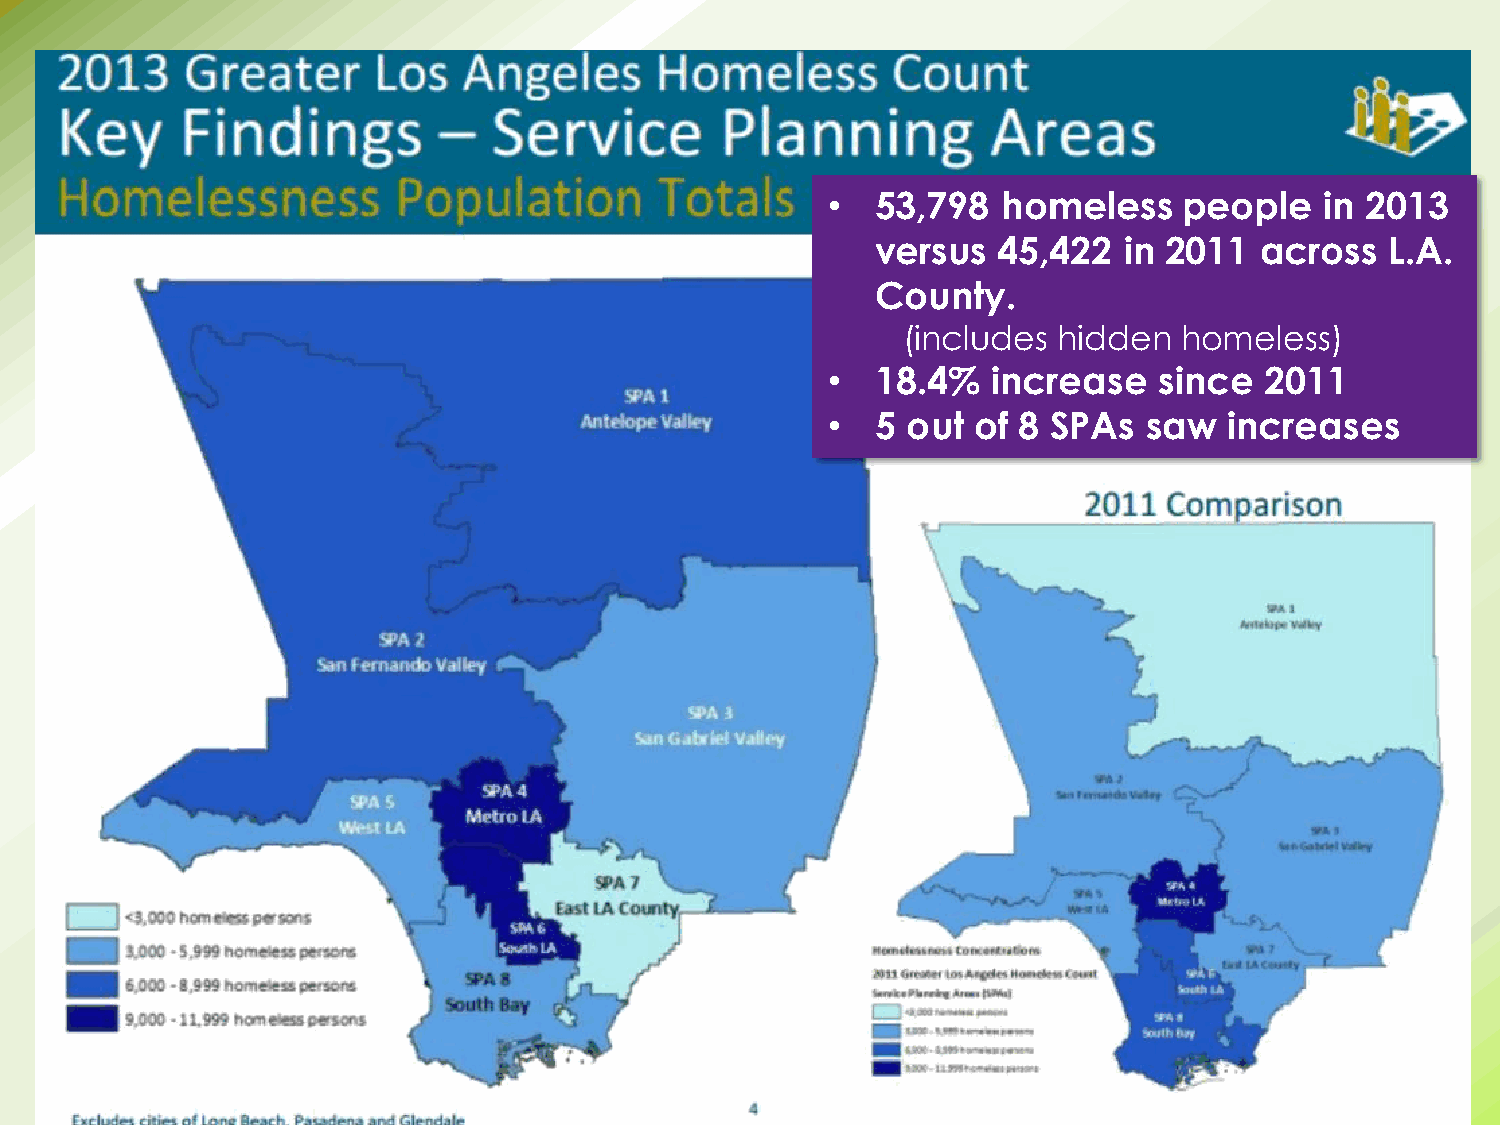
7                        April 30, 2014
 •  53,798  homeless    people    in 2013
 versus  45,422  in 2011  across   L.A.
 County.
 (includes hidden  homeless)
 •  18.4%   increase   since  2011
 •  5 out  of 8 SPAs  saw  increases